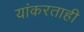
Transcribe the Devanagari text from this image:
यांकरताही